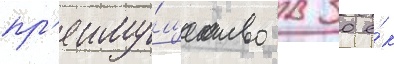
пр'еиму́щество в 30 е́к